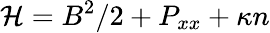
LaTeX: {\mathcal{H}}=B^{2}/2+P_{xx}+\kappa n